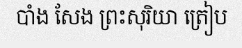
បាំង សែង ព្រះសុរិយា ត្រៀប